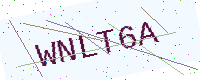
Text: WNLT6A